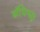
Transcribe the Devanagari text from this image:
संधिश्लूा